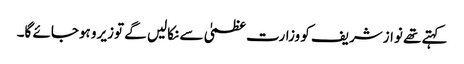
کہتے تھے نوازشریف کو وزارت عظمیٰ سے نکالیں گے توزیرو ہوجائے گا۔